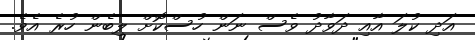
އަދި ކުލަ އާއި ދަވާދު ވެސް ނަން ހުސްކޮށް ލިބެން ހުރެ އެވެ.